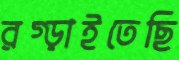
রগ্‌ড়াইতেছি